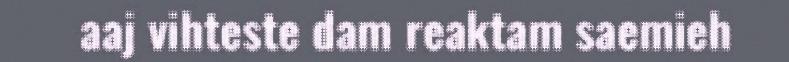
aaj vihteste dam reaktam saemieh